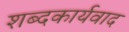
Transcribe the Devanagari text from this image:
शब्दकार्यवाद